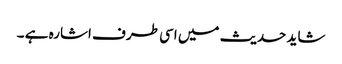
شاید حدیث میں اسی طرف اشارہ ہے ۔